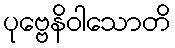
ပုဗ္ဗေနိဝါသောတိ